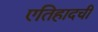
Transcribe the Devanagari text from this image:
एतिहादची